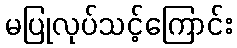
မပြုလုပ်သင့်ကြောင်း